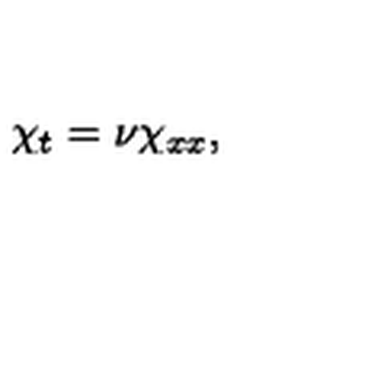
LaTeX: \chi _ { t } = \nu \chi _ { x x } ,